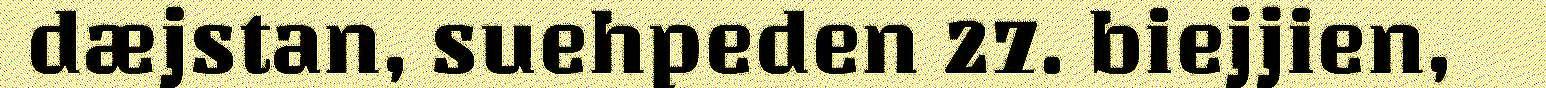
dæjstan, suehpeden 27. biejjien,